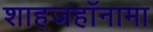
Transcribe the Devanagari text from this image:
शाहजहाँनामा